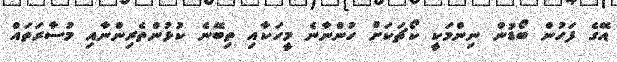
އޭގެ ފަހުން ބޯޑުން ނިންމަކީ ކޯޗަކަށް ހުންނާނެ މީހަކާއި ތިބޭނެ ކުޅުންތެރިންނާއި މުސާރަތައް